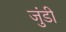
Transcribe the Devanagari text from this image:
जुंडी